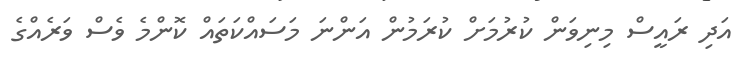
އަދި ރައީސް މިނިވަން ކުރުމަށް ކުރަމުން އަންނަ މަސައްކަތައް ކޮންމެ ވެސް ވަރެއްގެ